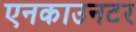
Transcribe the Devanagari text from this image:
एनकाउनटर